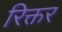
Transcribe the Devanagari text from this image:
रिक्तर